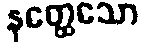
နတ္ထေသော